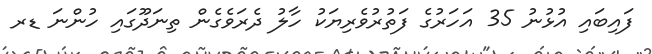
ފައިބައި އުޅުނު 35 އަހަރުގެ ފަތުރުވެރިޔަކު ހާލު ދެރަވެގެން ތިނަދޫގައި ހުންނަ ޑރ